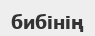
бибінің